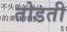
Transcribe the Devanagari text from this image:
तोडती